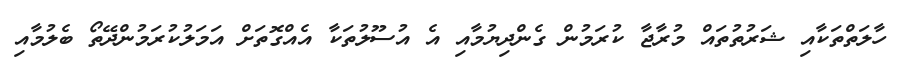
ހާލަތްތަކާއި ޝަރުތުތައް މުރާޖާ ކުރަމުން ގެންދިޔުމާއި އެ އުސޫލުތަކާ އެއްގޮތަށް އަމަލުކުރަމުންދޭތޯ ބެލުމާއި